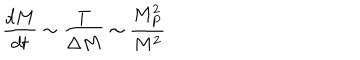
\frac { d M } { d t } \sim \frac { T } { \Delta M } \sim \frac { M _ { P } ^ { 2 } } { M ^ { 2 } }